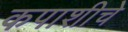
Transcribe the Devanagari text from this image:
कपाशीचे